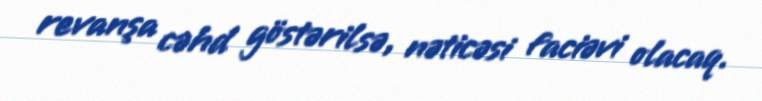
revanşa cəhd göstərilsə, nəticəsi faciəvi olacaq.